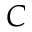
C